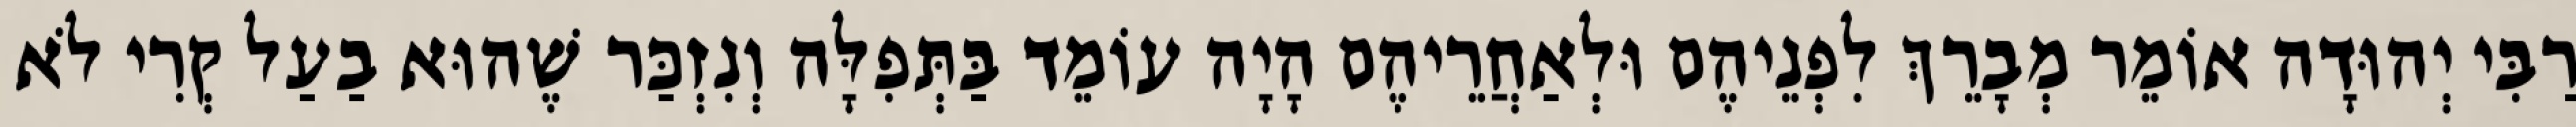
רַבִּי יְהוּדָה אוֹמֵר מְבָרֵךְ לִפְנֵיהֶם וּלְאַחֲרֵיהֶם הָיָה עוֹמֵד בַּתְּפִלָּה וְנִזְכַּר שֶׁהוּא בַעַל קְרִי לֹא